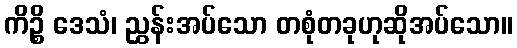
ကိဉ္စိ ဒေသံ၊ ညွှန်းအပ်သော တစုံတခုဟုဆိုအပ်သော။